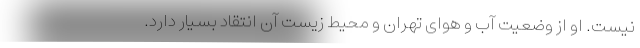
نیست. او از وضعیت آب و هوای تهران و محیط زیست آن انتقاد بسیار دارد.